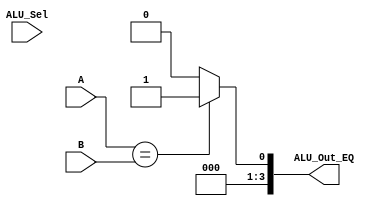
module EQ(output [3:0] ALU_Out_EQ,input [3:0] A, input [3:0] B,input [3:0] ALU_Sel);
assign ALU_Out_EQ = (A==B)?4'd1:4'd0 ;
endmodule